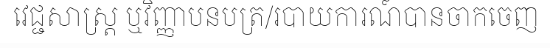
វេជ្ជសាស្ត្រ ឬវិញ្ញាបនបត្រ/របាយការណ៍បានចាកចេញ